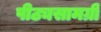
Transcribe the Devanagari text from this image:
पीठ्यसामग्री